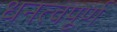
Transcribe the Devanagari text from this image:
धनत्वपूर्ण